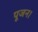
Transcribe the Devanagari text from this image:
पूजन।